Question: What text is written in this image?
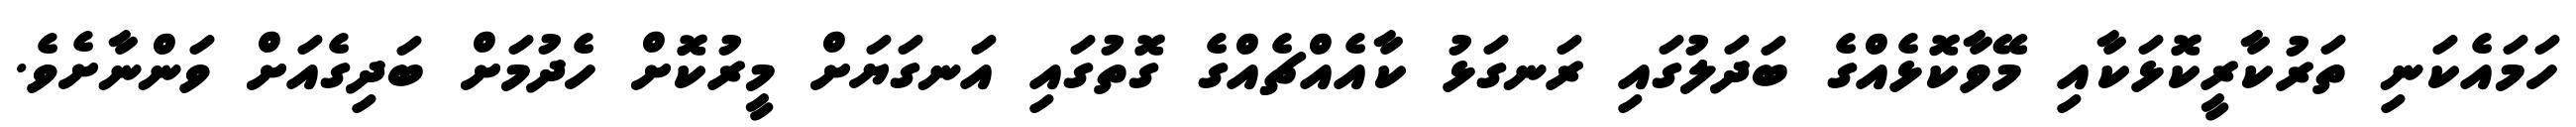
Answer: ހަމައެކަނި ތަރުކާރީކޮޅަކާއި މޭވާކޮޅެއްގެ ބަދަލުގައި ރަނގަޅު ކާއެއްޗެއްގެ ގޮތުގައި އަނގަޔަށް މީރުކޮށް ހެދުމަށް ބަދިގެއަށް ވަންނާށެވެ.